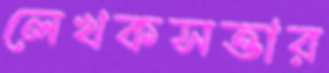
লেখকসত্তার